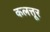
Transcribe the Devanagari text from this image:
कलत्तूर